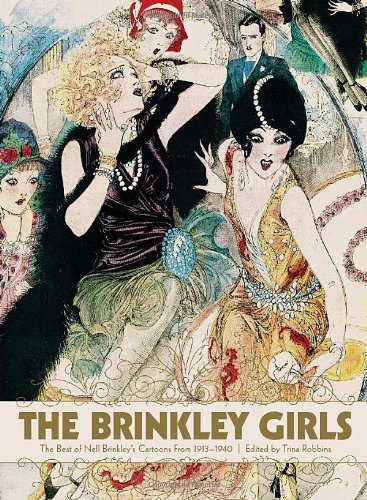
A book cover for The Brinkley Girls: The Best of Nell Brinkley's Cartoons from 1913-1940; Comics & Graphic Novels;